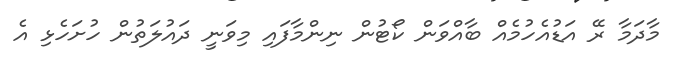
މާދަމާ ރޭ އަޑުއެހުމެއް ބާއްވަން ކޯޓުން ނިންމާފައި މިވަނީ ދައުލަތުން ހުށަހެޅި އެ